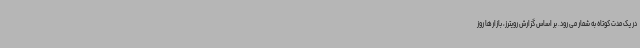
در یک مدت کوتاه به شمار می رود. بر اساس گزارش رویترز، بازارها روز